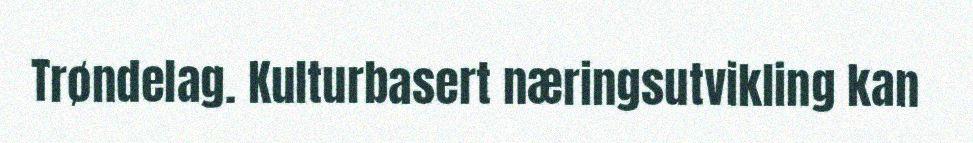
Trøndelag. Kulturbasert næringsutvikling kan